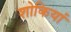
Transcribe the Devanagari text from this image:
शोकियां